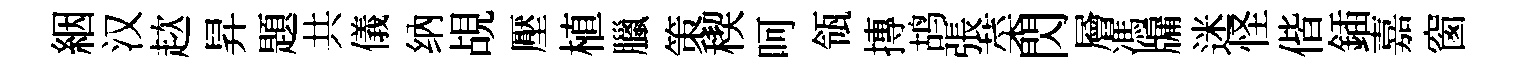
絪汉趑昇題共儀纳覘壓植臘策稧呵瓴摶鸪張菜閃層馮牖迷怪偕鍤嘉窗